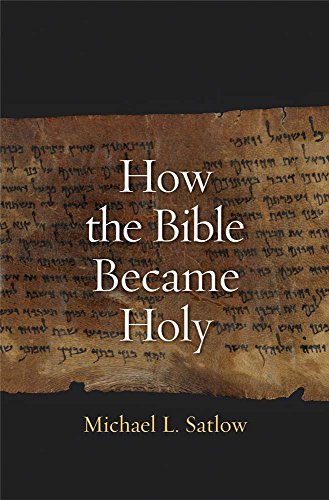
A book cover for How the Bible Became Holy; Michael L Satlow; Christian Books & Bibles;